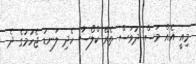
މިއީ އެއް މަސް ދުވަސް ތެރޭ ކްލޯސާ ހެދި ލަނޑު ޖެހުމުގެ ދެ